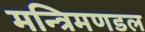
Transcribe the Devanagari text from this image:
मन्त्रिमणडल